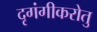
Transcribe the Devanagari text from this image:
दृगंगीकरोतु